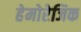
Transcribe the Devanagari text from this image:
हेमोरेजिक